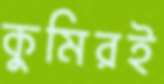
কুমিরই